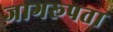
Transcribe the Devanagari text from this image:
जागरूपता